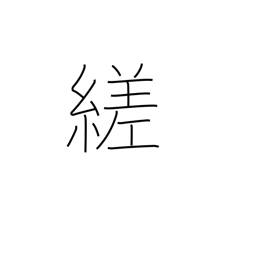
Meaning: twist